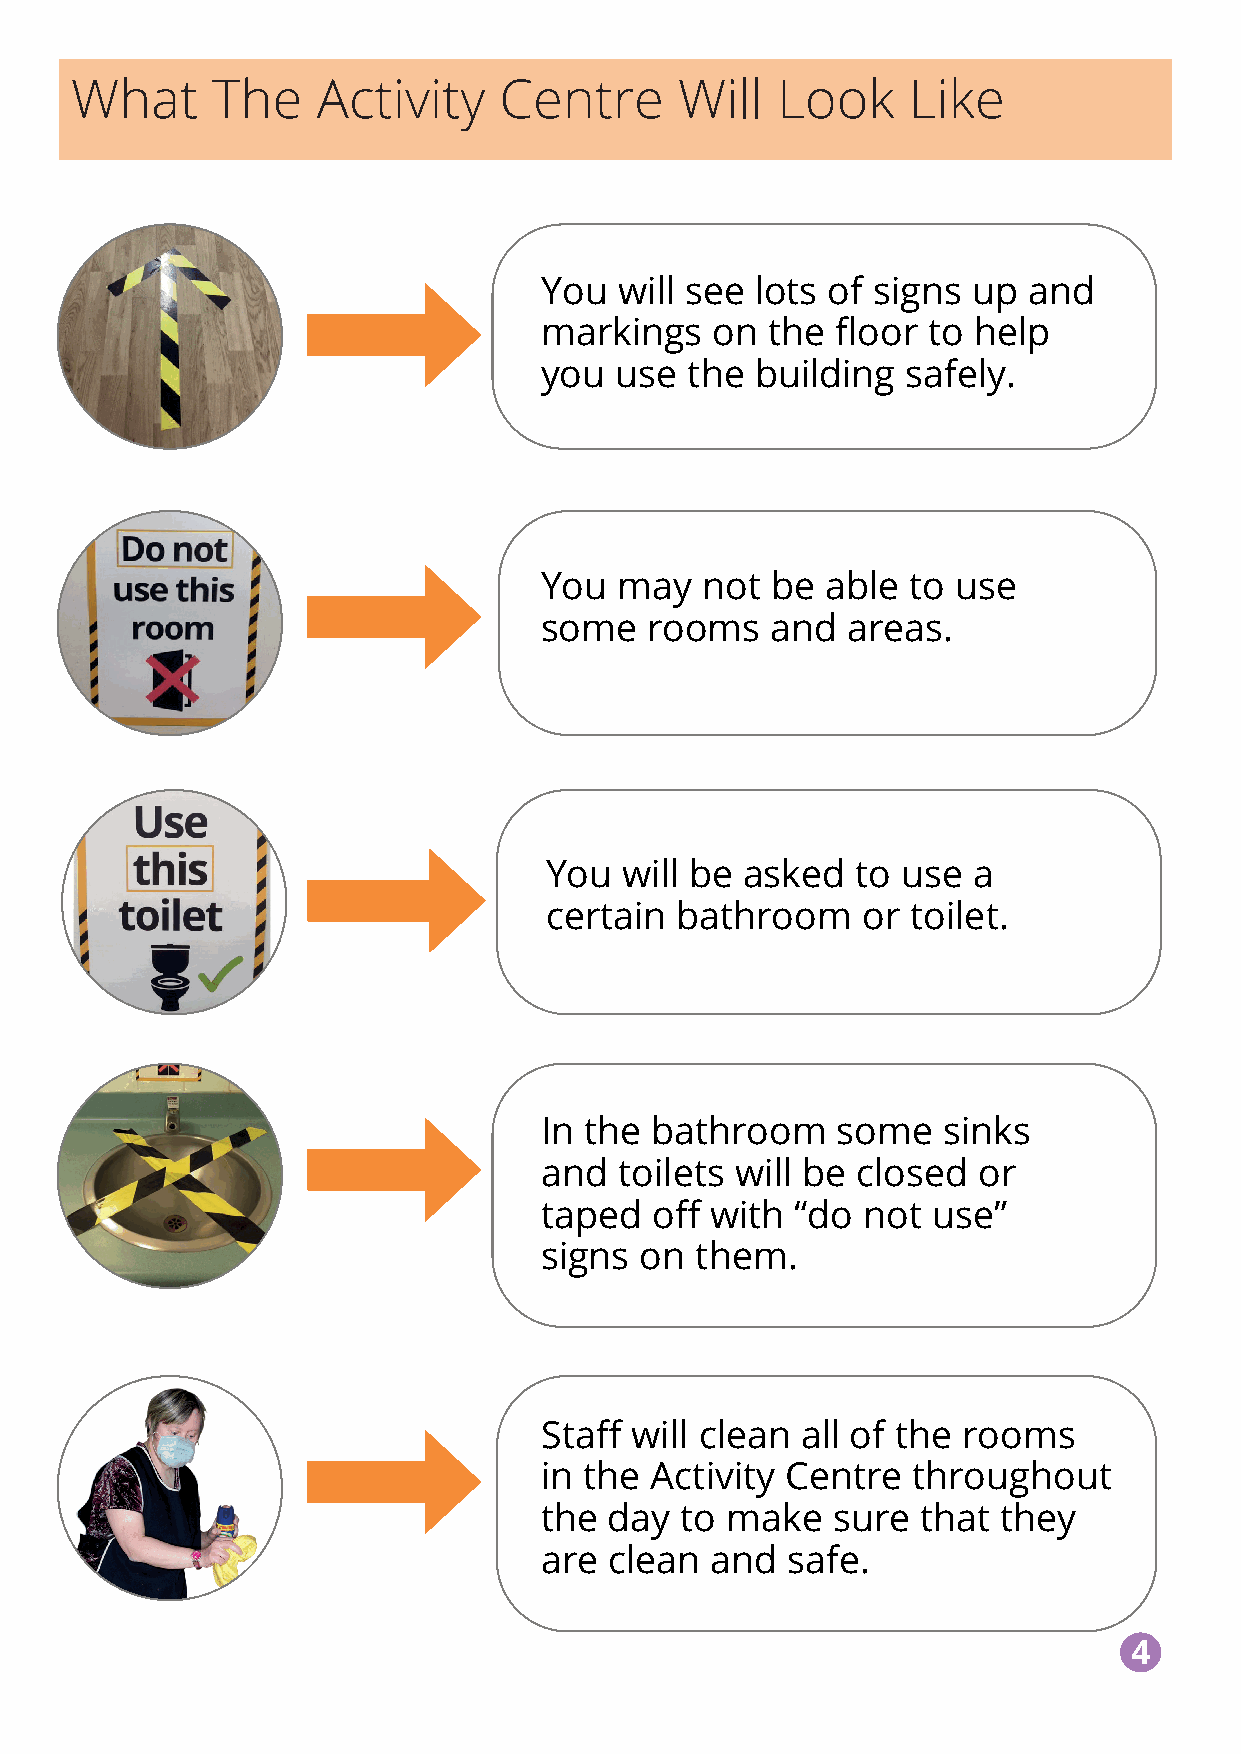
What     The    Activity    Centre      Will  Look     Like
 You  will see lots of signs up  and
 markings   on  the floor to help
 you  use the  building  safely.
 You  may  not  be  able to use
 some   rooms   and  areas.
 You  will be asked   to use a
 certain  bathroom    or toilet.
 In the bathroom    some   sinks
 and  toilets will be closed  or
 taped  off with  “do not  use”
 signs on  them.
 Staff will clean all of the rooms
 in the Activity Centre  throughout
 the day  to make   sure  that they
 are clean  and  safe.
 44